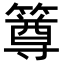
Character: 𥳰